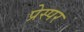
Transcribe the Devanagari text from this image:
प्रेस्पर